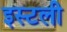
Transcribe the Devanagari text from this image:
इस्टली